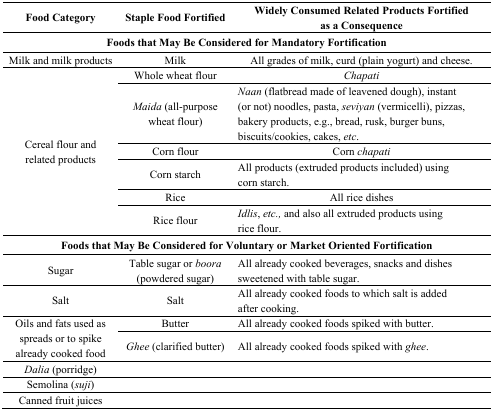
| Food Category | Staple Food Fortified | Widely Consumed Related Products Fortified as a Consequence |
 | --- | --- | --- |
 | <COLSPAN=3> Foods that May Be Considered for Mandatory Fortification |
 | Milk and milk products | Milk | All grades of milk, curd (plain yogurt) and cheese. |
 | <ROWSPAN=6> Cereal flour and related products | Whole wheat flour | Chapati |
 | Maida (all-purpose wheat flour) | Naan (flatbread made of leavened dough), instant (or not) noodles, pasta, seviyan (vermicelli), pizzas, bakery products, e.g., bread, rusk, burger buns, biscuits/cookies, cakes, etc. |
 | Corn flour | Corn chapati |
 | Corn starch | All products (extruded products included) using corn starch. |
 | Rice | All rice dishes |
 | Rice flour | Idlis, etc., and also all extruded products using rice flour. |
 | <COLSPAN=3> Foods that May Be Considered for Voluntary or Market Oriented Fortification |
 | Sugar | Table sugar or boora (powdered sugar) | All already cooked beverages, snacks and dishes sweetened with table sugar. |
 | Salt | Salt | All already cooked foods to which salt is added after cooking. |
 | <ROWSPAN=2> Oils and fats used as spreads or to spike already cooked food | Butter | All already cooked foods spiked with butter. |
 | Ghee (clarified butter) | All already cooked foods spiked with ghee. |
 | Dalia (porridge) |  |  |
 | Semolina (suji) |  |  |
 | Canned fruit juices |  |  |